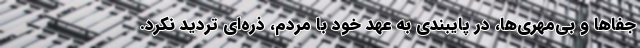
جفاها و بی‌مهری‌ها، در پایبندی به عهد خود با مردم، ذره‌ای تردید نکرد.